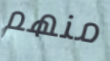
منهم